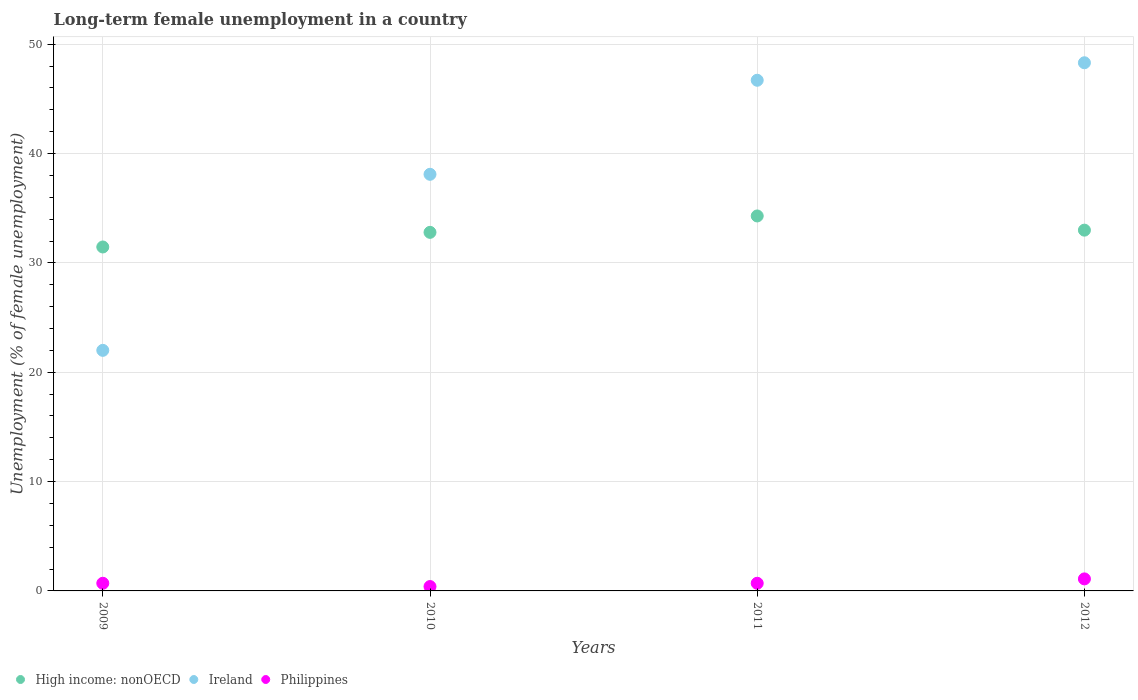
| Years | High income: nonOECD | Ireland | Philippines |
 | --- | --- | --- | --- |
 | 2009 | 31.5 | 22 | 0.7 |
 | 2010 | 32.8 | 38.1 | 0.4 |
 | 2011 | 34.3 | 46.7 | 0.7 |
 | 2012 | 33 | 48.3 | 1.1 |